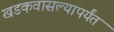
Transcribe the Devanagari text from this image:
खडकवासल्यापर्यंत